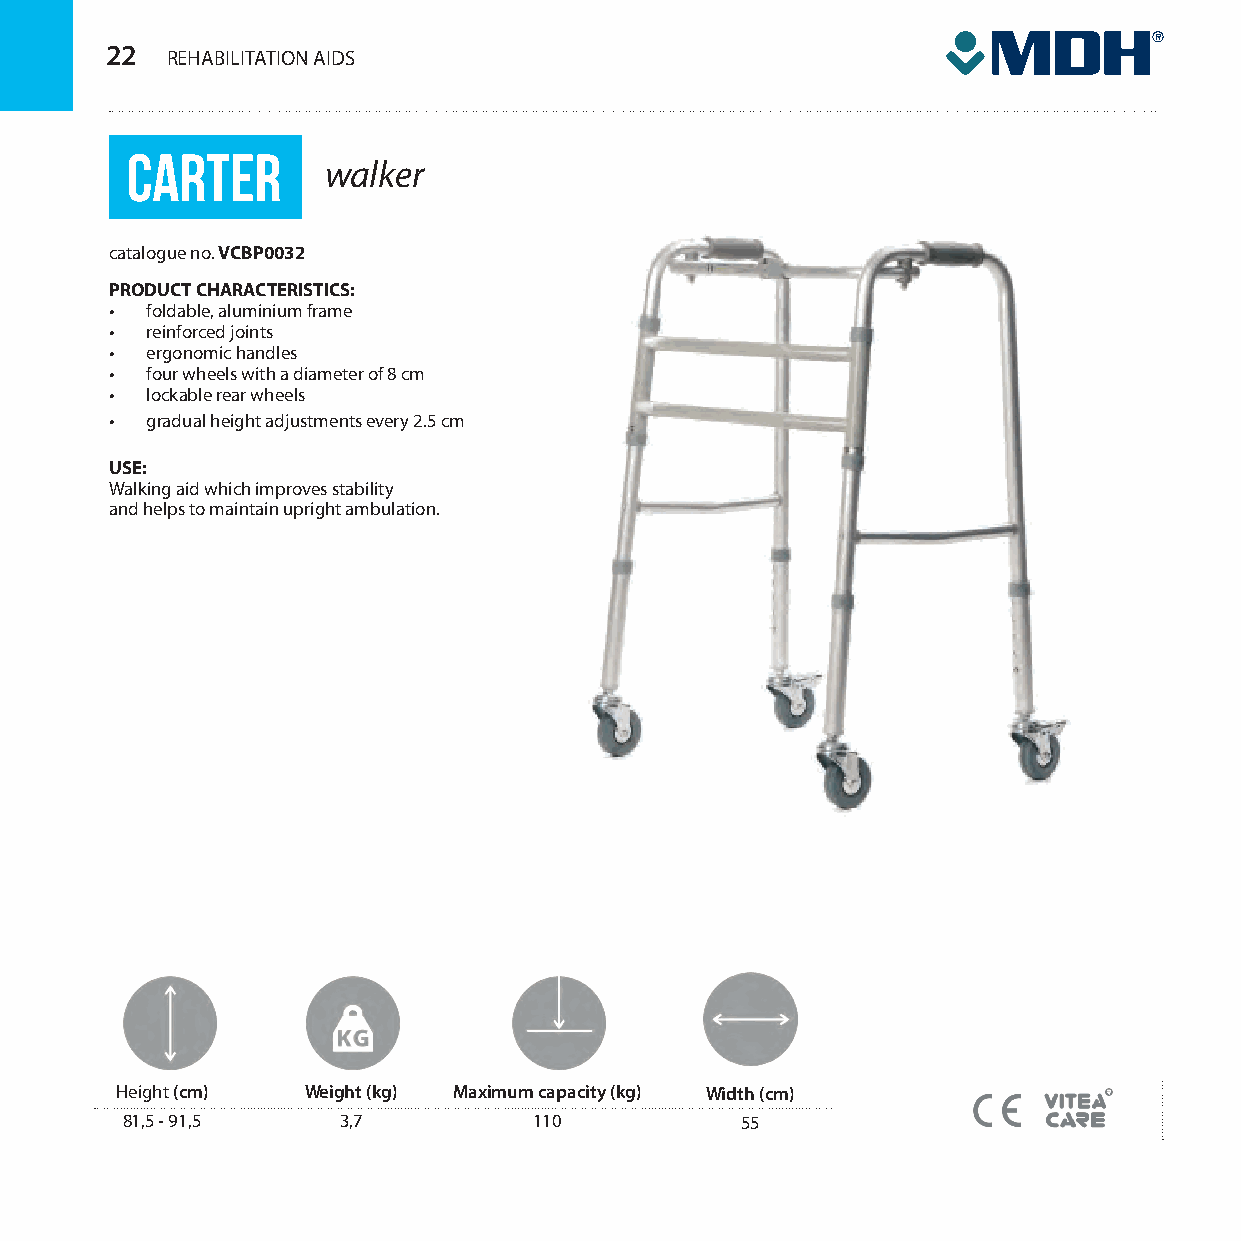
22  REHABILITATION ASSSSIppppDrrrrSzzzzęęęętttt ppppoooommmmooooccccnnnniiiicccczzzzyyyy
 CARTER
 walker
 catalogue no. VCBP0032
 PRODUCT CHARACTERISTICS:
 •  foldable, aluminium frame
 •  reinforced joints
 •  ergonomic handles
 •  four wheels with a diameter of 8 cm
 •  lockable rear wheels
 •  gradual height adjustments every 2.5 cm
 USE:
 Walking aid which improves stability
 and helps to maintain upright ambulation.
 Height (cm) Weight (kg) Maximum capacity (kg) Width (cm)
 81,5 - 91,5   3,7          110           55